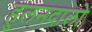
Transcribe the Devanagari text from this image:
हुलनदालो